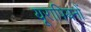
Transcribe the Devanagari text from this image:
यूरापियनों